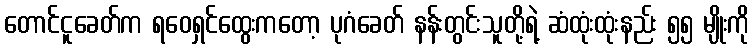
တောင်ငူခေတ်က ရဝေရှင်ထွေးကတော့ ပုဂံခေတ် နန်းတွင်းသူတို့ရဲ့ ဆံထုံးထုံးနည်း ၅၅ မျိုးကို